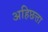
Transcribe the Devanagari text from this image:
अहिछत्ता